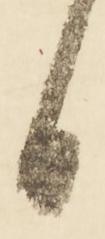
日